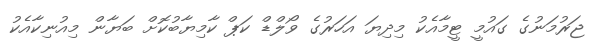
ޖަރުމަނުގެ ގައުމީ ޓީމާއެކު މިދިޔަ އަހަރުގެ ވޯލްޑް ކަޕް ކާމިޔާބުކޮށް ބަޔާން މިއުނިކާއެކު